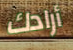
أرادك